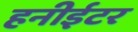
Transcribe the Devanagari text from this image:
हनीईटर